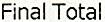
FINAL TOTAL